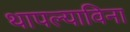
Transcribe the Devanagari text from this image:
थापल्याविना